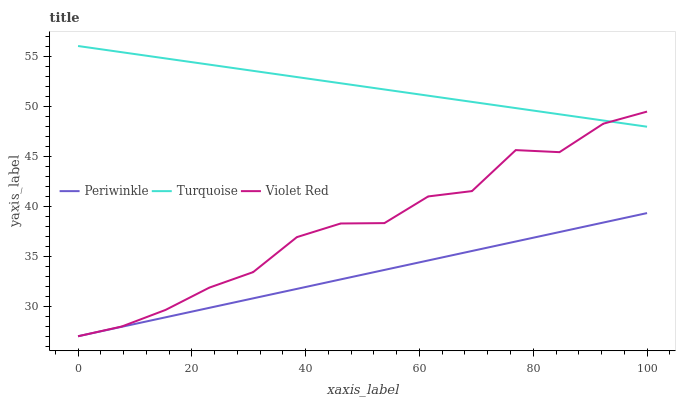
| xaxis_label | Periwinkle | Turquoise | Violet Red |
 | --- | --- | --- | --- |
 | 0 | 27 | 56 | 27 |
 | 7.69 | 27.9 | 55.4 | 28 |
 | 15.4 | 28.9 | 54.8 | 29.6 |
 | 23.1 | 29.8 | 54.1 | 31.9 |
 | 30.8 | 30.8 | 53.5 | 33.4 |
 | 38.5 | 31.7 | 52.9 | 36.9 |
 | 46.2 | 32.7 | 52.3 | 38.3 |
 | 53.8 | 33.6 | 51.7 | 38.3 |
 | 61.5 | 34.6 | 51 | 41 |
 | 69.2 | 35.5 | 50.4 | 41.5 |
 | 76.9 | 36.5 | 49.8 | 45.6 |
 | 84.6 | 37.4 | 49.2 | 45.4 |
 | 92.3 | 38.4 | 48.6 | 48.2 |
 | 100 | 39.3 | 47.9 | 49.4 |